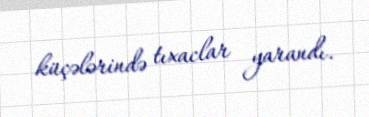
küçələrində tıxaclar yarandı.